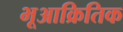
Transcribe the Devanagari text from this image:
भूआक्रितिक